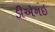
ડીએનઇ